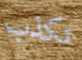
تكذب